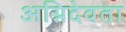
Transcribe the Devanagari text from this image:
अग्निदेवता